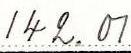
142.01